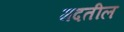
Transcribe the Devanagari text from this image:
मदतील